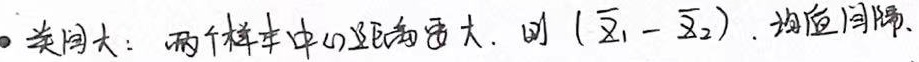
• 类同大：两个样本中心距离更大，则\((\overline{x}_1 - \overline{x}_2)\)（均值间隔）。